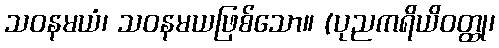
သဝနမယံ၊ သဝနမယဖြစ်သော။ (ပုညကရိယိဝတ္ထု၊